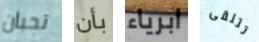
تحبان بأن ابرياء تتلقى